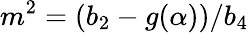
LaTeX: m^{2}=(b_{2}-g(\alpha))/b_{4}